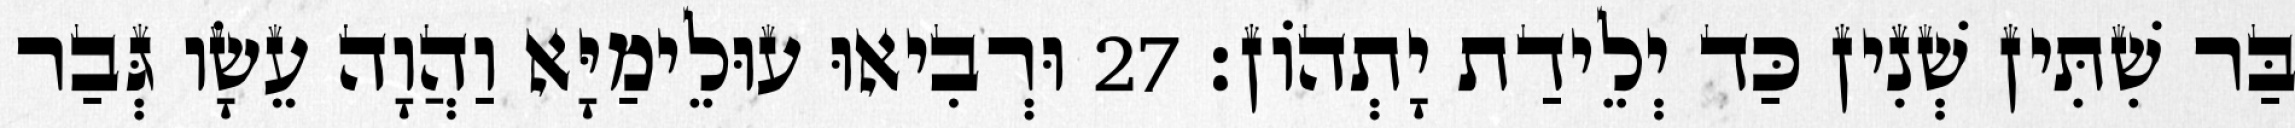
בַּר שִׁתִּין שְׁנִין כַּד יְלֵידַת יָתְהוֹן׃ 27 וּרְבִיאוּ עוּלֵימַיָּא וַהֲוָה עֵשָׂו גְּבַר